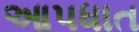
આપધાત